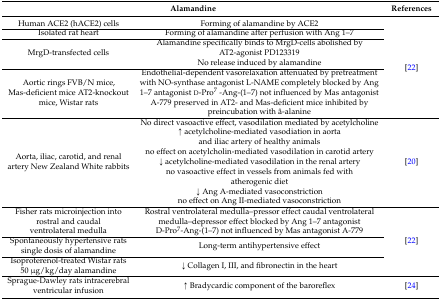
<table><thead><tr><td colspan="2"><b>Alamandine</b></td><td><b>References</b></td></tr></thead><tbody><tr><td>Human ACE2 (hACE2) cells</td><td>Forming of alamandine by ACE2</td><td rowspan="4">[22]</td></tr><tr><td>Isolated rat heart</td><td>Forming of alamandine after perfusion with Ang 1–7</td></tr><tr><td>MrgD-transfected cells</td><td>Alamandine specifically binds to MrgD-cells abolished by AT2-agonist PD123319 No release induced by alamandine</td></tr><tr><td>Aortic rings FVB/N mice, Mas-deficient mice AT2-knockout mice, Wistar rats</td><td>Endothelial-dependent vasorelaxation attenuated by pretreatment with NO-synthase antagonist L-NAME completely blocked by Ang 1–7 antagonist d-Pro<sup>7</sup> -Ang-(1–7) not influenced by Mas antagonist A-779 preserved in AT2- and Mas-deficient mice inhibited by preincubation with â-alanine</td></tr><tr><td>Aorta, iliac, carotid, and renal artery New Zealand White rabbits</td><td>No direct vasoactive effect, vasodilation mediated by acetylcholine ↑ acetylcholine-mediated vasodiation in aorta and iliac artery of healthy animals no effect on acetylcholin-mediated vasodilation in carotid artery ↓ acetylcholine-mediated vasodilation in the renal artery no vasoactive effect in vessels from animals fed with atherogenic diet ↓ Ang A-mediated vasoconstriction no effect on Ang II-mediated vasoconstriction</td><td>[20]</td></tr><tr><td>Fisher rats microinjection into rostral and caudal ventrolateral medulla</td><td>Rostral ventrolateral medulla–pressor effect caudal ventrolateral medulla–depressor effect blocked by Ang 1–7 antagonist D-Pro<sup>7</sup>-Ang-(1–7) not influenced by Mas antagonist A-779</td><td rowspan="3">[22]</td></tr><tr><td>Spontaneously hypertensive rats single dosis of alamandine</td><td>Long-term antihypertensive effect</td></tr><tr><td>Isoproterenol-treated Wistar rats 50 μg/kg/day alamandine</td><td>↓ Collagen I, III, and fibronectin in the heart</td></tr><tr><td>Sprague-Dawley rats intracerebral ventricular infusion</td><td>↑ Bradycardic component of the baroreflex</td><td>[24]</td></tr></tbody></table>